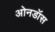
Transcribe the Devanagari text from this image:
ओनडॉस